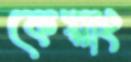
কেয়াং